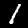
Digit: 1